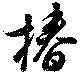
椿